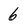
Character: 6